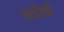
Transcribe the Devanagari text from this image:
ग़दरियों